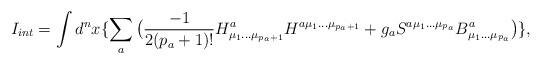
LaTeX: \begin{align*}I_{int}=\int d^n x\{\sum_a \big({-1 \over 2(p_{a}+1)!}H^a_{\mu_1\ldots \mu_{p_{a}+1}} H^{a \mu_1\ldots \mu_{p_{a}+1}}+g_aS^{a\mu_1 \ldots\mu_{p_a}}B^a_{\mu_1 \ldots \mu_{p_a}}\big)\},\end{align*}